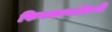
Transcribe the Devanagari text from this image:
फिनकानटीएरी